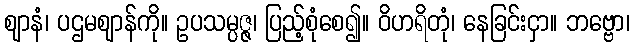
ဈာနံ၊ ပဌမဈာန်ကို။ ဥပသမ္ပဇ္ဇ၊ ပြည့်စုံစေ၍။ ဝိဟရိတုံ၊ နေခြင်းငှာ။ ဘဗ္ဗော၊